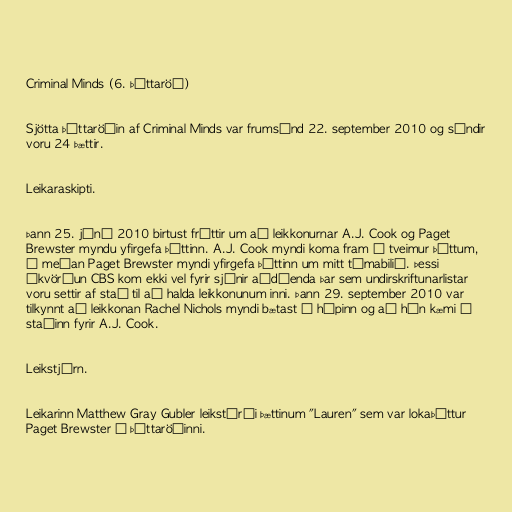
Criminal Minds (6. þáttaröð)

Sjötta þáttaröðin af Criminal Minds var frumsýnd 22. september 2010 og sýndir
voru 24 þættir.

Leikaraskipti.

Þann 25. júní 2010 birtust fréttir um að leikkonurnar A.J. Cook og Paget
Brewster myndu yfirgefa þáttinn. A.J. Cook myndi koma fram í tveimur þáttum,
á meðan Paget Brewster myndi yfirgefa þáttinn um mitt tímabilið. Þessi
ákvörðun CBS kom ekki vel fyrir sjónir aðdáenda þar sem undirskriftunarlistar
voru settir af stað til að halda leikkonunum inni. Þann 29. september 2010 var
tilkynnt að leikkonan Rachel Nichols myndi bætast í hópinn og að hún kæmi í
staðinn fyrir A.J. Cook.

Leikstjórn.

Leikarinn Matthew Gray Gubler leikstýrði þættinum "Lauren" sem var lokaþáttur
Paget Brewster í þáttaröðinni.